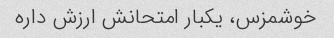
خوشمزس، یکبار امتحانش ارزش داره